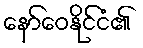
နော်ဝေနိုင်ငံ၏